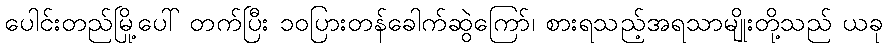
ပေါင်းတည်မြို့ပေါ် တက်ပြီး ၁၀ပြားတန်ခေါက်ဆွဲကြော်၊ စားရသည့်အရသာမျိုးတို့သည် ယခု